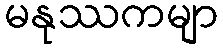
မနုဿကမျာ